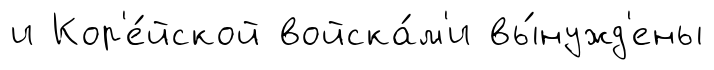
и Кор'е́йской войска́м'и вы́нужд'ены